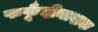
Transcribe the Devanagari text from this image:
फफूँदीनाशक